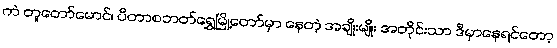
ကဲ တူတော်မောင်၊ ပီတာစဘတ်ရွှေမြို့တော်မှာ နေတဲ့ အချိုးမျိုး အတိုင်းသာ ဒီမှာနေရင်တော့